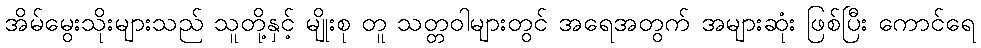
အိမ်မွေးသိုးများသည် သူတို့နှင့် မျိုးစု တူ သတ္တဝါများတွင် အရေအတွက် အများဆုံး ဖြစ်ပြီး ကောင်ရေ